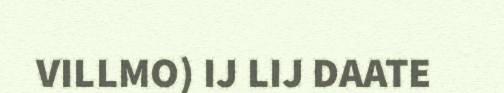
VILLMO) IJ LIJ DAATE